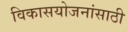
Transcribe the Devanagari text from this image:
विकासयोजनांसाठी